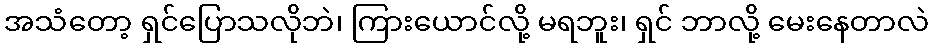
အသံတော့ ရှင်ပြောသလိုဘဲ၊ ကြားယောင်လို့ မရဘူး၊ ရှင် ဘာလို့ မေးနေတာလဲ